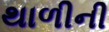
થાળીની